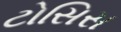
ટોસિસ